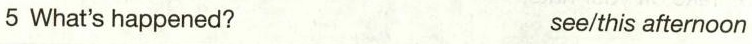
5 What's happened? see/this afternoon